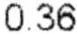
0.36